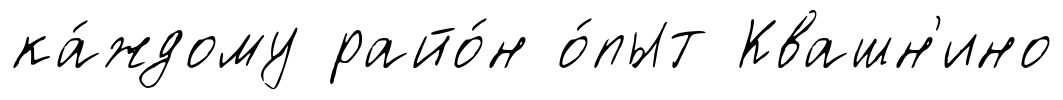
ка́ждому райо́н о́пыт Квашн'ино